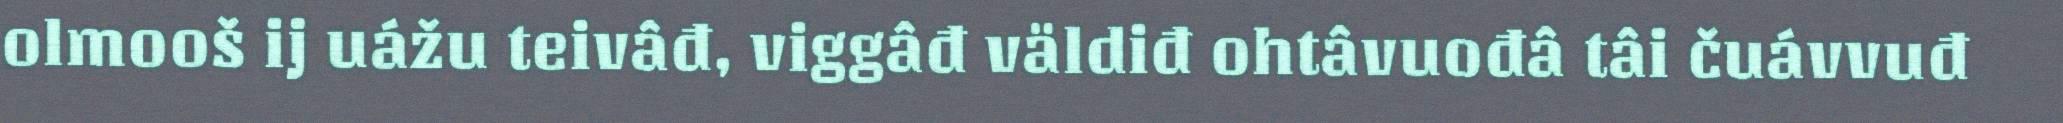
olmooš ij uážu teivâđ, viggâđ väldiđ ohtâvuođâ tâi čuávvuđ